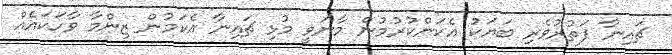
ޗައިނާ ފަތުރުވެރި ބަޔަކު އެކަންކުރުމުން މާނަވީ މުޅި ޗައިނާ އެކަމުން ޒިންމާ ވާހަކައެއް